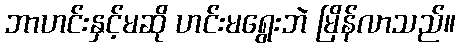
ဘာဟင်းနှင့်မဆို ဟင်းမရွေးဘဲ မြိန်လာသည်။